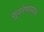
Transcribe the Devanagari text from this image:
सुवरेणपदक